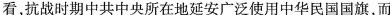
看，抗战时期中共中央所在地延安广泛使用中华民国国旗，而